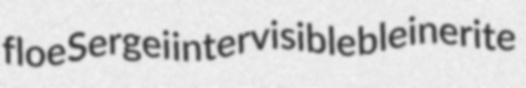
floe Sergei intervisible bleinerite